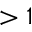
> 1